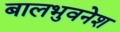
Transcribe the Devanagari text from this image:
बालभुवनेश